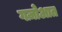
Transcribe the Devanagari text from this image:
गज़ोआत